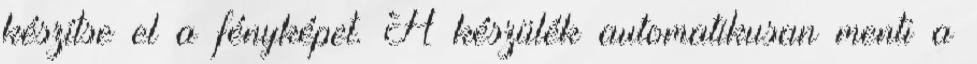
készítse el a fényképet. A készülék automatikusan menti a